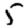
Digit: 5